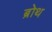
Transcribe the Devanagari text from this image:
ब्रोथ